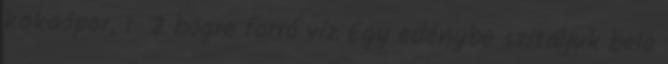
kakaópor, 1 2 bögre forró víz Egy edénybe szitáljuk bele